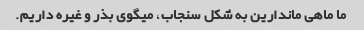
ما ماهی ماندارین به شکل سنجاب، میگوی بذر و غیره داریم.